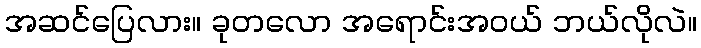
အဆင်ပြေလား။ ခုတလော အရောင်းအဝယ် ဘယ်လိုလဲ။